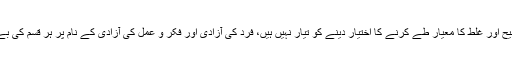
عقل پسند قوتیں کسی برتر طاقت کو صحیح اور غلط کا معیار طے کرنے کا اختیار دینے کو تیار نہیں ہیں، فرد کی آزادی اور فکر و عمل کی آزادی کے نام پر ہر قسم کی بےراہ روی کو جواز فراہم کرتی جاتی ہیں۔